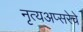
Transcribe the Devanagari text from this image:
नृत्यअप्सरेचे